Anatomy and histology of ticks - Number 23
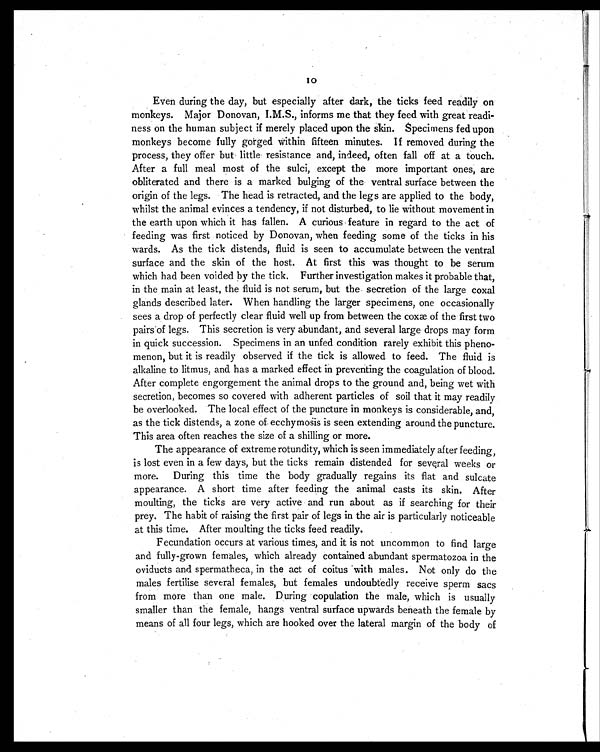
10
Even during the day, but especially after dark, the ticks feed readily on
monkeys. Major Donovan, I.M.S., informs me that they feed with great readi-
ness on the human subject if merely placed upon the skin. Specimens fed upon
monkeys become fully gorged within fifteen minutes. If removed during the
process, they offer but little resistance and, indeed, often fall off at a touch.
After a full meal most of the sulci, except the more important ones, are
obliterated and there is a marked bulging of the ventral surface between the
origin of the legs. The head is retracted, and the legs are applied to the body,
whilst the animal evinces a tendency, if not disturbed, to lie without movement in
the earth upon which it has fallen. A curious feature in regard to the act of
feeding was first noticed by Donovan, when feeding some of the ticks in his
wards. As the tick distends, fluid is seen to accumulate between the ventral
surface and the skin of the host. At first this was thought to be serum
which had been voided by the tick. Further investigation makes it probable that,
in the main at least, the fluid is not serum, but the secretion of the large coxal
glands described later. When handling the larger specimens, one occasionally
sees a drop of perfectly clear fluid well up from between the coxæ of the first two
pairs of legs. This secretion is very abundant, and several large drops may form
in quick succession. Specimens in an unfed condition rarely exhibit this pheno-
menon, but it is readily observed if the tick is allowed to feed. The fluid is
alkaline to litmus, and has a marked effect in preventing the coagulation of blood.
After complete engorgement the animal drops to the ground and, being wet with
secretion, becomes so covered with adherent particles of soil that it may readily
be overlooked. The local effect of the puncture in monkeys is considerable, and,
as the tick distends, a zone of ecchymosis is seen extending around the puncture.
This area often reaches the size of a shilling or more.
The appearance of extreme rotundity, which is seen immediately after feeding,
is lost even in a few days, but the ticks remain distended for several weeks or
more. During this time the body gradually regains its flat and sulcate
appearance. A short time after feeding the animal casts its skin. After
moulting, the ticks are very active and run about as if searching for their
prey. The habit of raising the first pair of legs in the air is particularly noticeable
at this time. After moulting the ticks feed readily.
Fecundation occurs at various times, and it is not uncommon to find large
and fully-grown females, which already contained abundant spermatozoa in the
oviducts and spermatheca, in the act of coitus with males. Not only do the
males fertilise several females, but females undoubtedly receive sperm sacs
from more than one male. During copulation the male, which is usually
smaller than the female, hangs ventral surface upwards beneath the female by
means of all four legs, which are hooked over the lateral margin of the body of